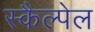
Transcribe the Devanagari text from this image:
स्कैल्पेल